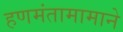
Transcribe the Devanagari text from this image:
हणमंतामामाने